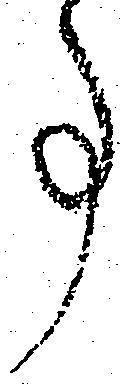
事